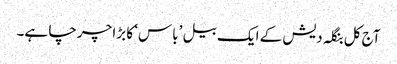
آج کل بنگلہ دیش کے ایک بیل ’باس‘ کا بڑا چرچا ہے۔